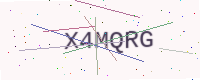
Text: X4MQRG